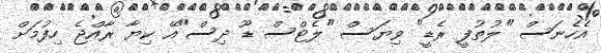
އެހެނަސް "ލުތުފީ ރެޑީ" ވިޔަސް "ލެޓްސް ޑޫ ދިސް"އޭ ކިޔާ ރާއްޖެ ހިފުމަށް